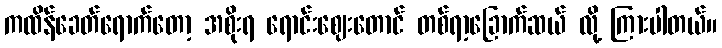
ကထိန်ခေတ်ရောက်တော့ အစိုးရ ရောင်းဈေးတောင် တစ်ရာ့ခြောက်ဆယ် လို့ ကြားပါတယ်။